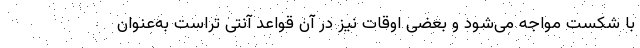
با شکست مواجه می‌شود و بعضی اوقات نیز در آن قواعد آنتی تراست به‌عنوان